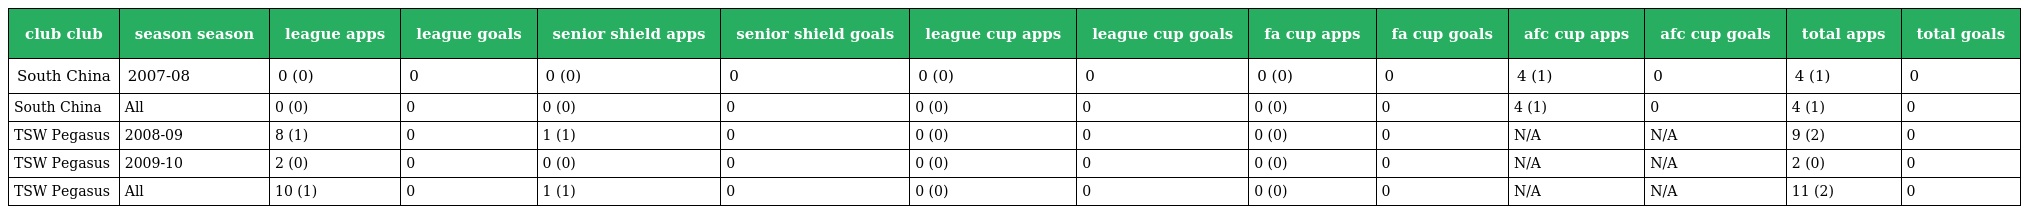
| club club | season season | league apps | league goals | senior shield apps | senior shield goals | league cup apps | league cup goals | fa cup apps | fa cup goals | afc cup apps | afc cup goals | total apps | total goals |
 | --- | --- | --- | --- | --- | --- | --- | --- | --- | --- | --- | --- | --- | --- |
 | South China | 2007-08 | 0 (0) | 0 | 0 (0) | 0 | 0 (0) | 0 | 0 (0) | 0 | 4 (1) | 0 | 4 (1) | 0 |
 | South China | All | 0 (0) | 0 | 0 (0) | 0 | 0 (0) | 0 | 0 (0) | 0 | 4 (1) | 0 | 4 (1) | 0 |
 | TSW Pegasus | 2008-09 | 8 (1) | 0 | 1 (1) | 0 | 0 (0) | 0 | 0 (0) | 0 | N/A | N/A | 9 (2) | 0 |
 | TSW Pegasus | 2009-10 | 2 (0) | 0 | 0 (0) | 0 | 0 (0) | 0 | 0 (0) | 0 | N/A | N/A | 2 (0) | 0 |
 | TSW Pegasus | All | 10 (1) | 0 | 1 (1) | 0 | 0 (0) | 0 | 0 (0) | 0 | N/A | N/A | 11 (2) | 0 |